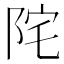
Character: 𨹏